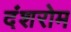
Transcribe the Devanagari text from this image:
दंशरोम